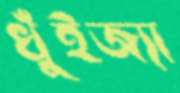
খুঁইজ্যা